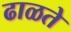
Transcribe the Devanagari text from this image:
ढाळते